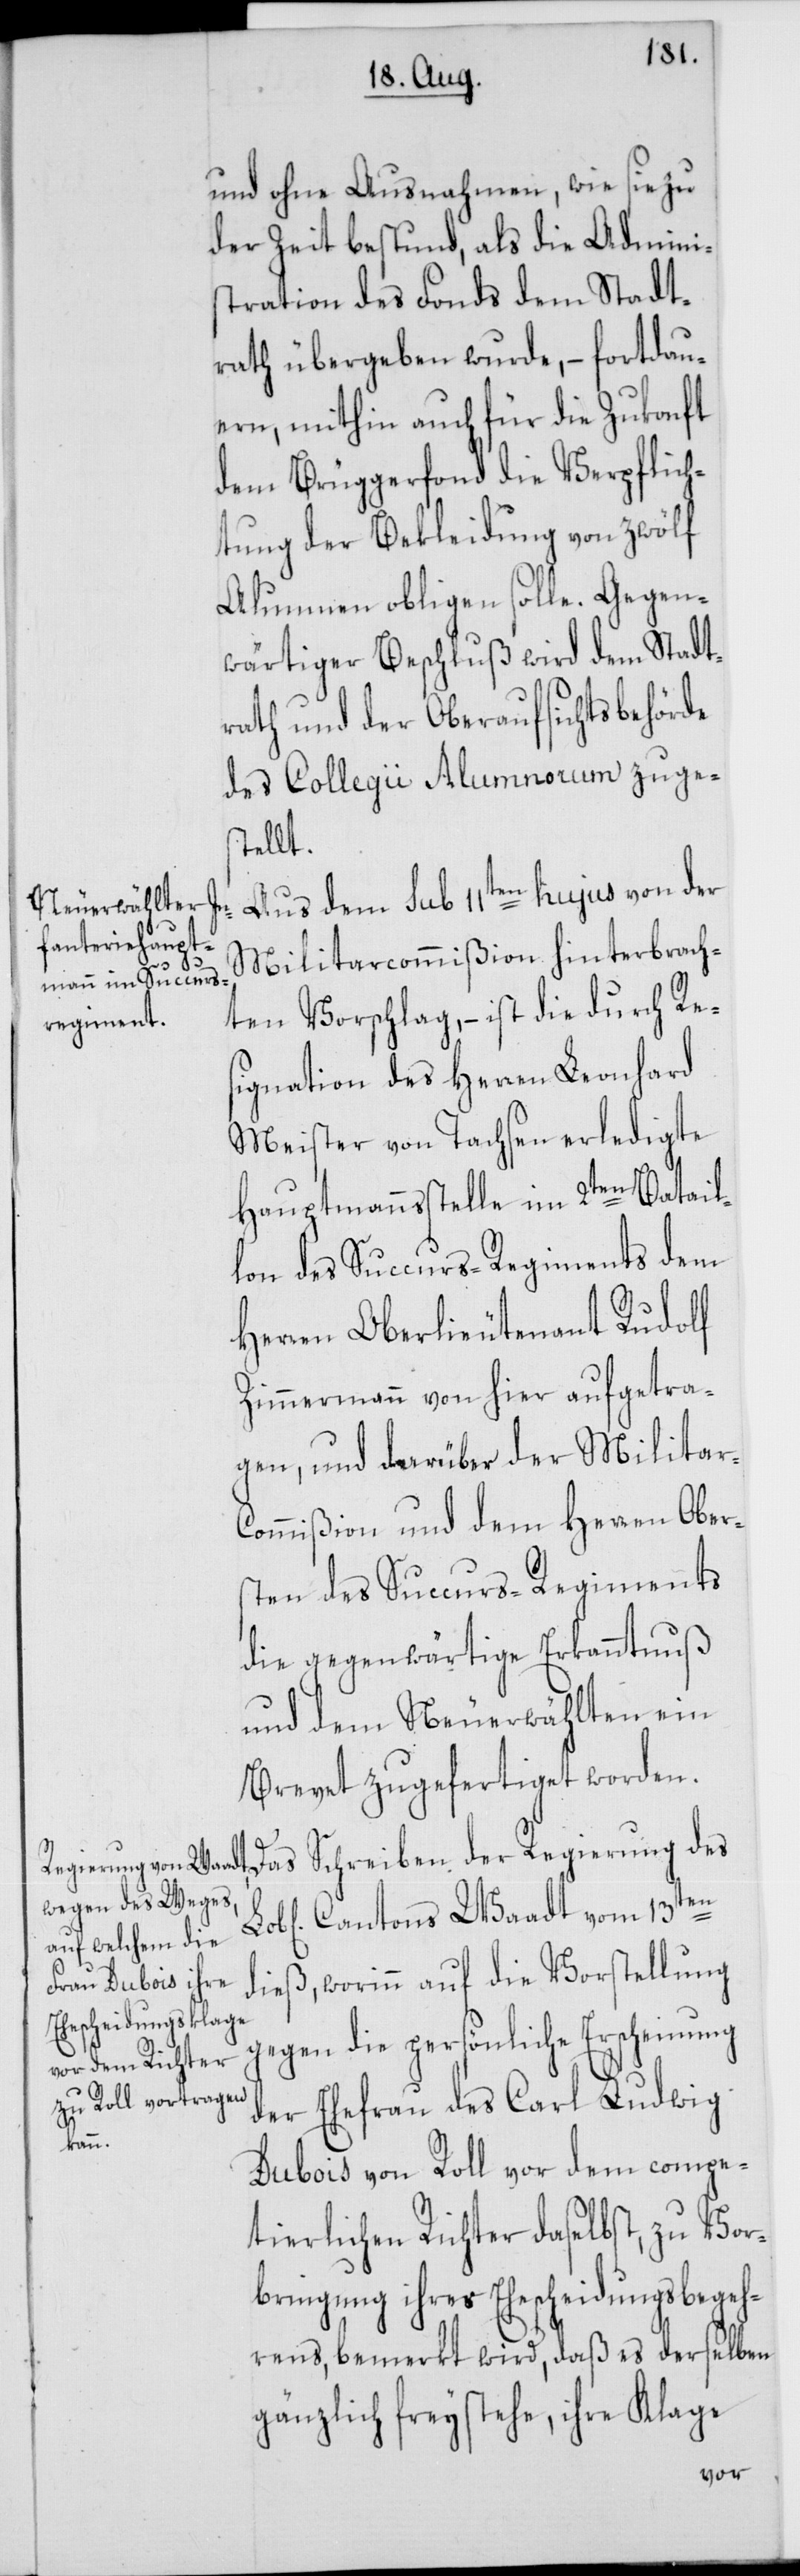
und ohne Ausnahmen, wie sie zu
der Zeit bestund, als die Admini¬
stration des Fonds dem Stadt¬
rath übergeben wurde, – fortdau¬
ern, mithin auch für die Zukonft
dem Brüggerfonds die Verpflich¬
tung der Bekleidung von zwölf
Alumnen obligen solle. Gegen¬
wärtiger Beschluß wird dem Stadt¬
rath und der Oberaufsichtsbehörde
des Collegii Alumnorum zuge¬
stellt.
Aus dem sub 11ten hujus von der
Militarcommißion hinterbrach¬
ten Vorschlag, – ist die durch Re¬
signation des Herren Leonhard
Meister von Tachsen erledigte
Hauptmannsstelle im 2ten Batail¬
lon des Succurs-Regiments dem
Herren Oberlieutenant Rudolf
Zimmermann von hier aufgetra¬
gen, und darüber der Militar-C¬
ommißion und dem Herren Ober¬
sten des Succurs-Regiments
die gegenwärtige Erkanntnuß
und dem Neuerwählten ein
Brevet zugefertiget worden.
Das Schreiben der Regierung des
Cantons Waadt vom 13ten
dieß, worinn auf die Vorstellung
gegen die persönliche Erscheinung
der Ehefrau des Carl Ludwig
Dubois von Roll vor dem compe¬
tierlichen Richter daselbst, zu Vor¬
bringung ihres Ehescheidungsbegeh¬
rens, bemerkt wird, daß es derselben
gänzlich freystehe, ihre Klage